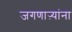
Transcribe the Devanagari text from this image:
जगणाऱ्यांना